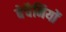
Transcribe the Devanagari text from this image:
बेचैनियों